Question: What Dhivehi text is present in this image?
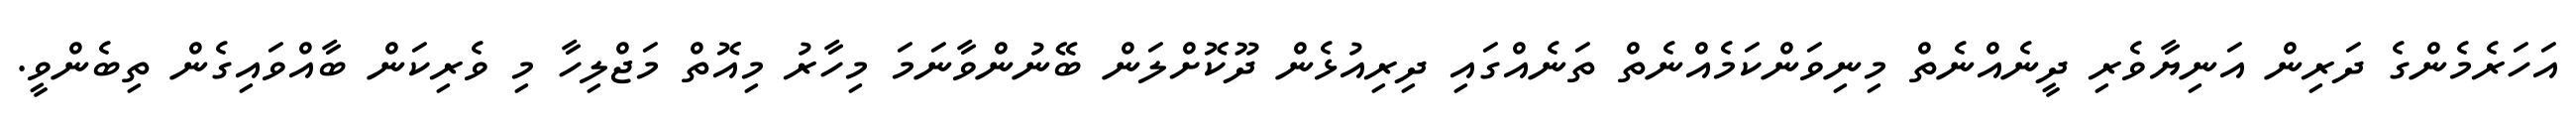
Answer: އަހަރެމެންގެ ދަރިން އަނިޔާވެރި ދީނެއްނެތް މިނިވަންކަމެއްނެތް ތަނެއްގައި ދިރިއުޅެން ދޫކޮށްލަން ބޭނުންވާނަމަ މިހާރު މިއޮތް މަޖްލިހާ މި ވެރިކަން ބާއްވައިގެން ތިބެންވީ.